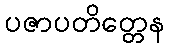
ပဇာပတိတ္တေန